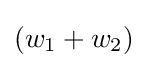
(w_{1}+w_{2})